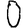
Digit: 0